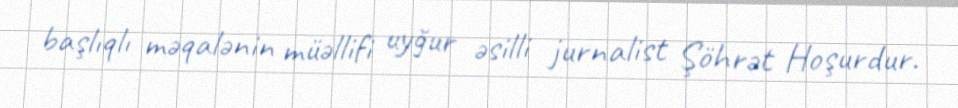
başlıqlı məqalənin müəllifi uyğur əsilli jurnalist Şöhrət Hoşurdur.